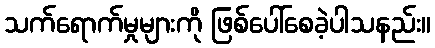
သက်ရောက်မှုများကို ဖြစ်ပေါ်စေခဲ့ပါသနည်း။